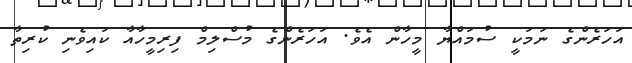
އަހަރެންގެ ނަމަކީ ސުމައްޔާ މީހާން އެވެ. އަހަރެންގެ މުސްލިމް ފިރިމީހާއާ ކައިވެނި ކުރިތާ